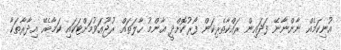
އުނިކަމެއް ނާންނާނޭ ފަދައިން ރައްކާތެރިކަން ފޯރުކޮށްދީ ޢާންމު ހާލަތައް ރުޖޫޢަވުމަށްޓަކައި ކަމާބެހޭ އިދާރާތަކާ